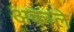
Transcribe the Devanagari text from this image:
अकाले